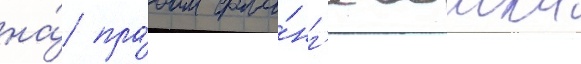
на́ пра́вом фла́нг'е воиска